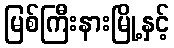
မြစ်ကြီးနားမြို့နှင့်